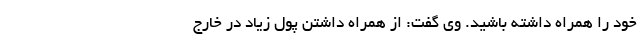
خود را همراه داشته باشید. وی گفت: از همراه داشتن پول زیاد در خارج